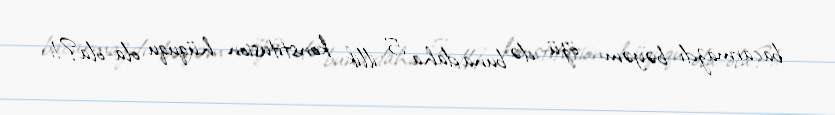
bacarmazdı bəyəm - özü də buna daha 5 illik konstitusion hüququ ola-ola?!.